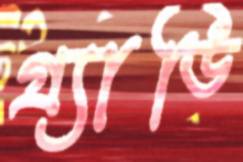
গ্র্যাডি